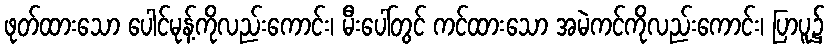
ဖုတ်ထားသော ပေါင်မုန့်ကိုလည်းကောင်း၊ မီးပေါ်တွင် ကင်ထားသော အမဲကင်ကိုလည်းကောင်း၊ ပြာပူ၌